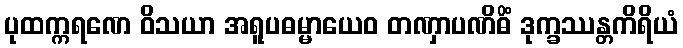
ပုထက္ကရဏေ ဝိသယာ အရူပဓမ္မာယေဝ တဏှာပဏိဓိံ ဒုက္ခဿန္တကိရိယံ